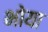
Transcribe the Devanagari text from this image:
भोया